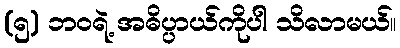
(၅) ဘဝရဲ့ အဓိပ္ပာယ်ကိုပါ သိလာမယ်။